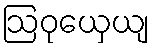
ဩဝုယှေယျ